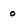
Character: 0